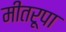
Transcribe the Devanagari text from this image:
मीतरूपा